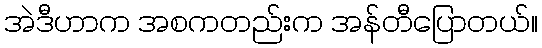
အဲဒီဟာက အစကတည်းက အန်တီပြောတယ်။